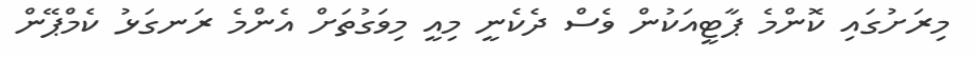
މިރަށުގައި ކޮންމެ ޕާޓީއަކުން ވެސް ދެކެނީ މިއީ މިވަގުތަށް އެންމެ ރަނގަޅު ކެމްޕޭން